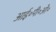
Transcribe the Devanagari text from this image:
आई॰पी॰ओ॰